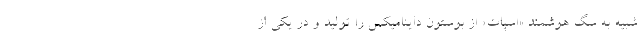
شبیه به سگ هوشمند «اسپات» از بوستون داینامیکس را تولید و در یکی از